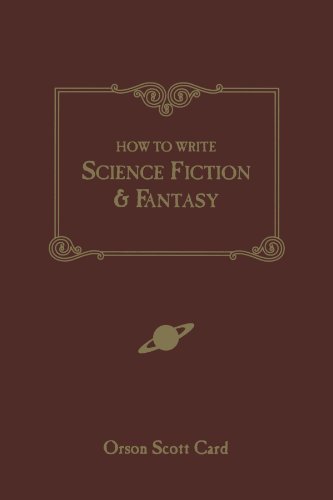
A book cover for How to Write Science Fiction & Fantasy; Orson Scott Card; Science Fiction & Fantasy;